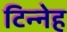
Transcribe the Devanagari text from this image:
टिन्नेह